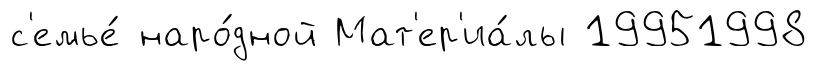
с'емье́ наро́дной Мат'ер'иа́лы 19951998